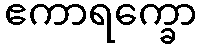
ဧကာရက္ခော